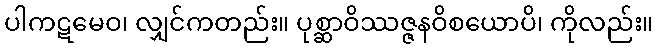
ပါကဋမေဝ၊ လျှင်ကတည်း။ ပုစ္ဆာဝိဿဇ္ဇနဝိစယောပိ၊ ကိုလည်း။